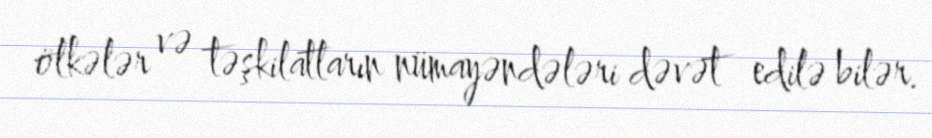
ölkələr və təşkilatların nümayəndələri dəvət edilə bilər.